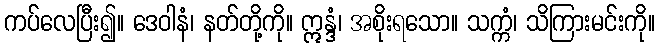
ကပ်လေပြီး၍။ ဒေဝါနံ၊ နတ်တို့ကို။ ဣန္ဒံ၊ အစိုးရသော။ သက္ကံ၊ သိကြားမင်းကို။